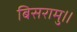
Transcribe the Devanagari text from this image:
बिसरामु॥